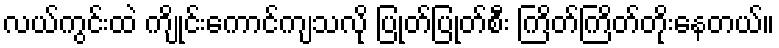
လယ်ကွင်းထဲ ကျိုင်းကောင်ကျသလို ပြုတ်ပြုတ်စီိး ကြိတ်ကြိတ်တိုးနေတယ်။